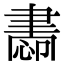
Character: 𦘝